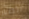
الطيار